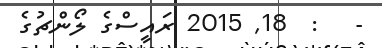
-   :  18